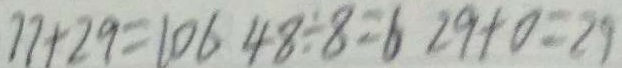
7 7 + 2 9 = 1 0 6 4 8 \div 8 = 6 2 9 + 0 = 2 9